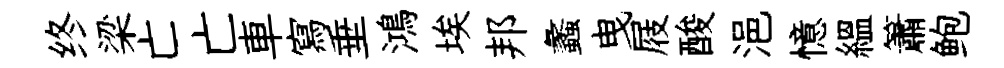
终梁亡亡車寫垂鴻埃邦蠡曳屐酸浥憶緼簫鲍